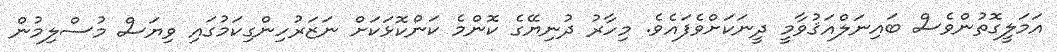
އަމަލީގޮތުންވެސް ބައިނަލްއަޤުވާމީ ދީނަކަށްވެފައެވެ. މިހާރު ދުނިޔޭގެ ކޮންމެ ކަންކޮޅަކަށް ނަޒަރުހިންގިކަމުގައި ވިޔަސް މުސްލިމުން